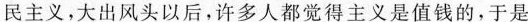
民主义，大出风头以后，许多人都觉得主义是值钱的，于是